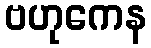
ဗဟုကေန